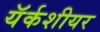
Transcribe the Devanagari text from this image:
यॅर्कशीयर